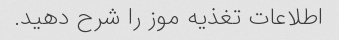
اطلاعات تغذیه موز را شرح دهید.